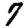
Digit: 7